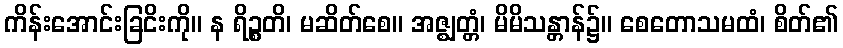
ကိန်းအောင်းခြငိးကို။ န ရိဉ္စတိ၊ မဆိတ်စေ။ အဇ္ဈတ္တံ၊ မိမိသန္တာန်၌။ စေတောသမထံ၊ စိတ်၏